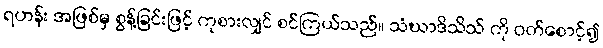
ရဟန်း အဖြစ်မှ စွန့်ခြင်းဖြင့် ကုစားလျှင် စင်ကြယ်သည်။ သံဃာဒိသိသ် ကို ဝတ်စောင့်၍